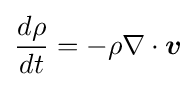
{\frac {d\rho }{dt}}=-\rho \nabla \cdot {\boldsymbol {v}}